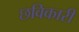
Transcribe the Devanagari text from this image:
छविकारी